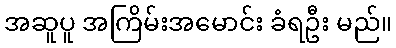
အဆူပူ အကြိမ်းအမောင်း ခံရဦး မည်။